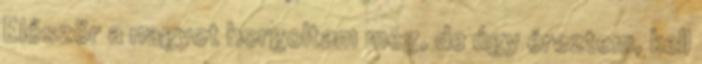
Először a nagyot horgoltam meg, de úgy éreztem, kell